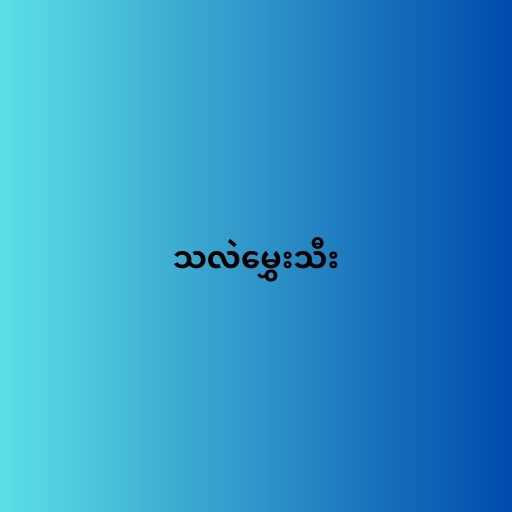
သလဲမွှေးသီး